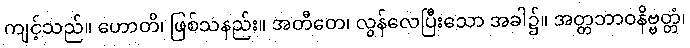
ကျင့်သည်။ ဟောတိ၊ ဖြစ်သနည်း။ အတီတေ၊ လွန်လေပြီးသော အခါ၌။ အတ္တဘာဝနိဗ္ဗတ္တံ၊